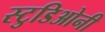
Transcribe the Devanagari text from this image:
स्टुडिओनी